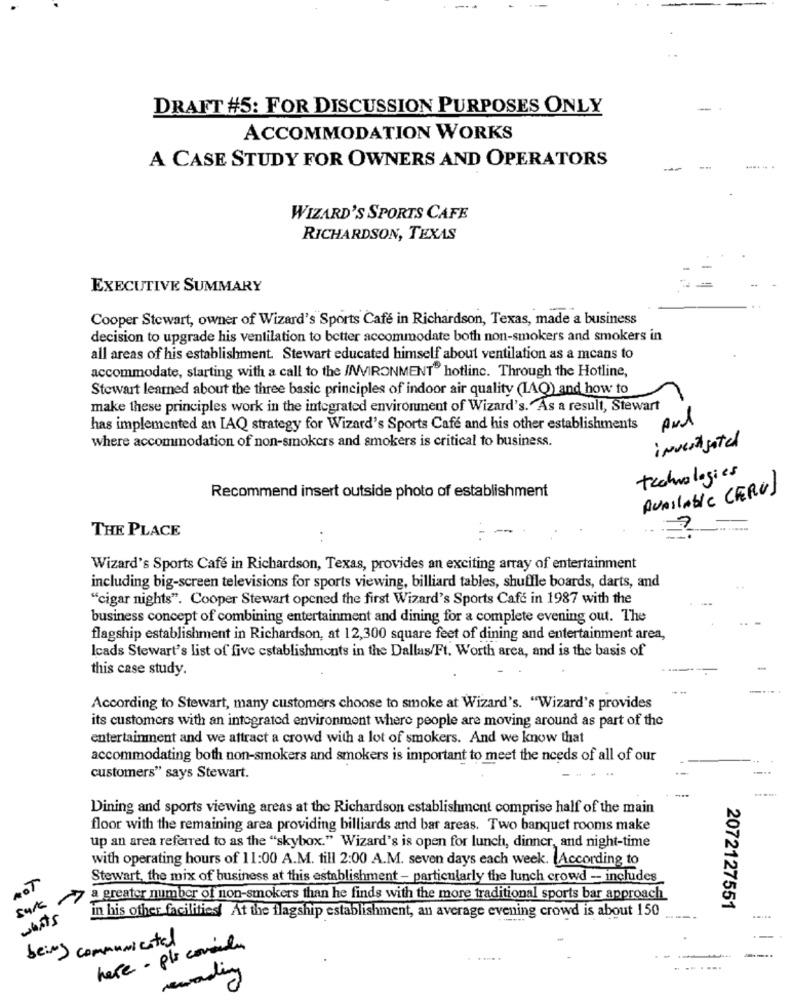
DRAFT #5: FOR DISCUSSION PURPOSES ONLY
ACCOMMODATION WORKS
A CASE STUDY FOR OWNERS AND OPERATORS
WIZARD'S SPORTS CAFE
RICHARDSON, TEXAS
EXECUTIVE SUMMARY
Cooper Stewart, owner of Wizard's Sports Café in Richardson, Texas, made a business
decision to upgrade his ventilation to better accommodate both non-smokers and smokers in
all areas of his establishment. Stewart educated himself about ventilation as a means to
accommodate, starting with a call to the //WVIRONMENT" hotlinc. Through the Hotline,
Stewart learned about the three basic principles of indoor air quality (LAQ) and how to
make these principles work in the integrated environment of Wizard's. As a result, Stewart
has implemented an IAQ strategy for Wizard's Sports Cafe and his other establishments
where accommodation of non-smokers and smokers is critical to business.
investigated
technologies
QUAIlAble CERU)
Recommend insert outside photo of establishment
THE PLACE
Wizard's Sports Café in Richardson, Texas, provides an exciting array of entertainment
including big-screen televisions for sports viewing, billiard tables, shuffle boards, darts, and
"cigar nights". Cooper Stewart opened the first Wizard's Sports Cafe in 1987 with the
business concept of combining entertainment and dining for a complete evening out. The
flagship establishment in Richardson, at 12,300 square feet of dining and entertainment area,
Icads Stewart's list of five establishments in the Dallas/Ft. Worth area, and is the basis of
this case study.
According to Stewart, many customers choose to smoke at Wizard's. "Wizard's provides
its customers with an integrated environment where people are moving around as part of the
entertainment and we attract a crowd with a lot of smokers. And we know that
accommodating both non-smokers and smokers is important to meet the needs of all of our
customers" says Stewart.
-..
Dining and sports viewing areas at the Richardson establishment comprise half of the main
floor with the remaining area providing billiards and bar areas. Two banquet rooms make
up an area referred to as the "skybox." Wizard's is open for lunch, dinner, and night-time
with operating hours of 11:00 A.M. till 2:00 A.M. seven days each week. According to
Stewart, the mix of business at this establishment - particularly the lunch crowd - includes
sure
a greater number of non-smokers than he finds with the more traditional sports bar approach
2072127551
what's
in his other facilities At the flagship establishment, an average evening crowd is about 150
communicated
-
being
here - pli comando
.....
wording